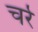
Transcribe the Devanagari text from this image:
चर्रे